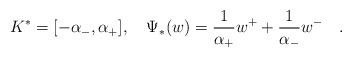
LaTeX: \begin{align*} K^*=[-\alpha_-,\alpha_+],\quad\Psi_*(w)=\frac{1}{\alpha_+}w^+ +\frac{1}{\alpha_-}w^-\quad.\end{align*}